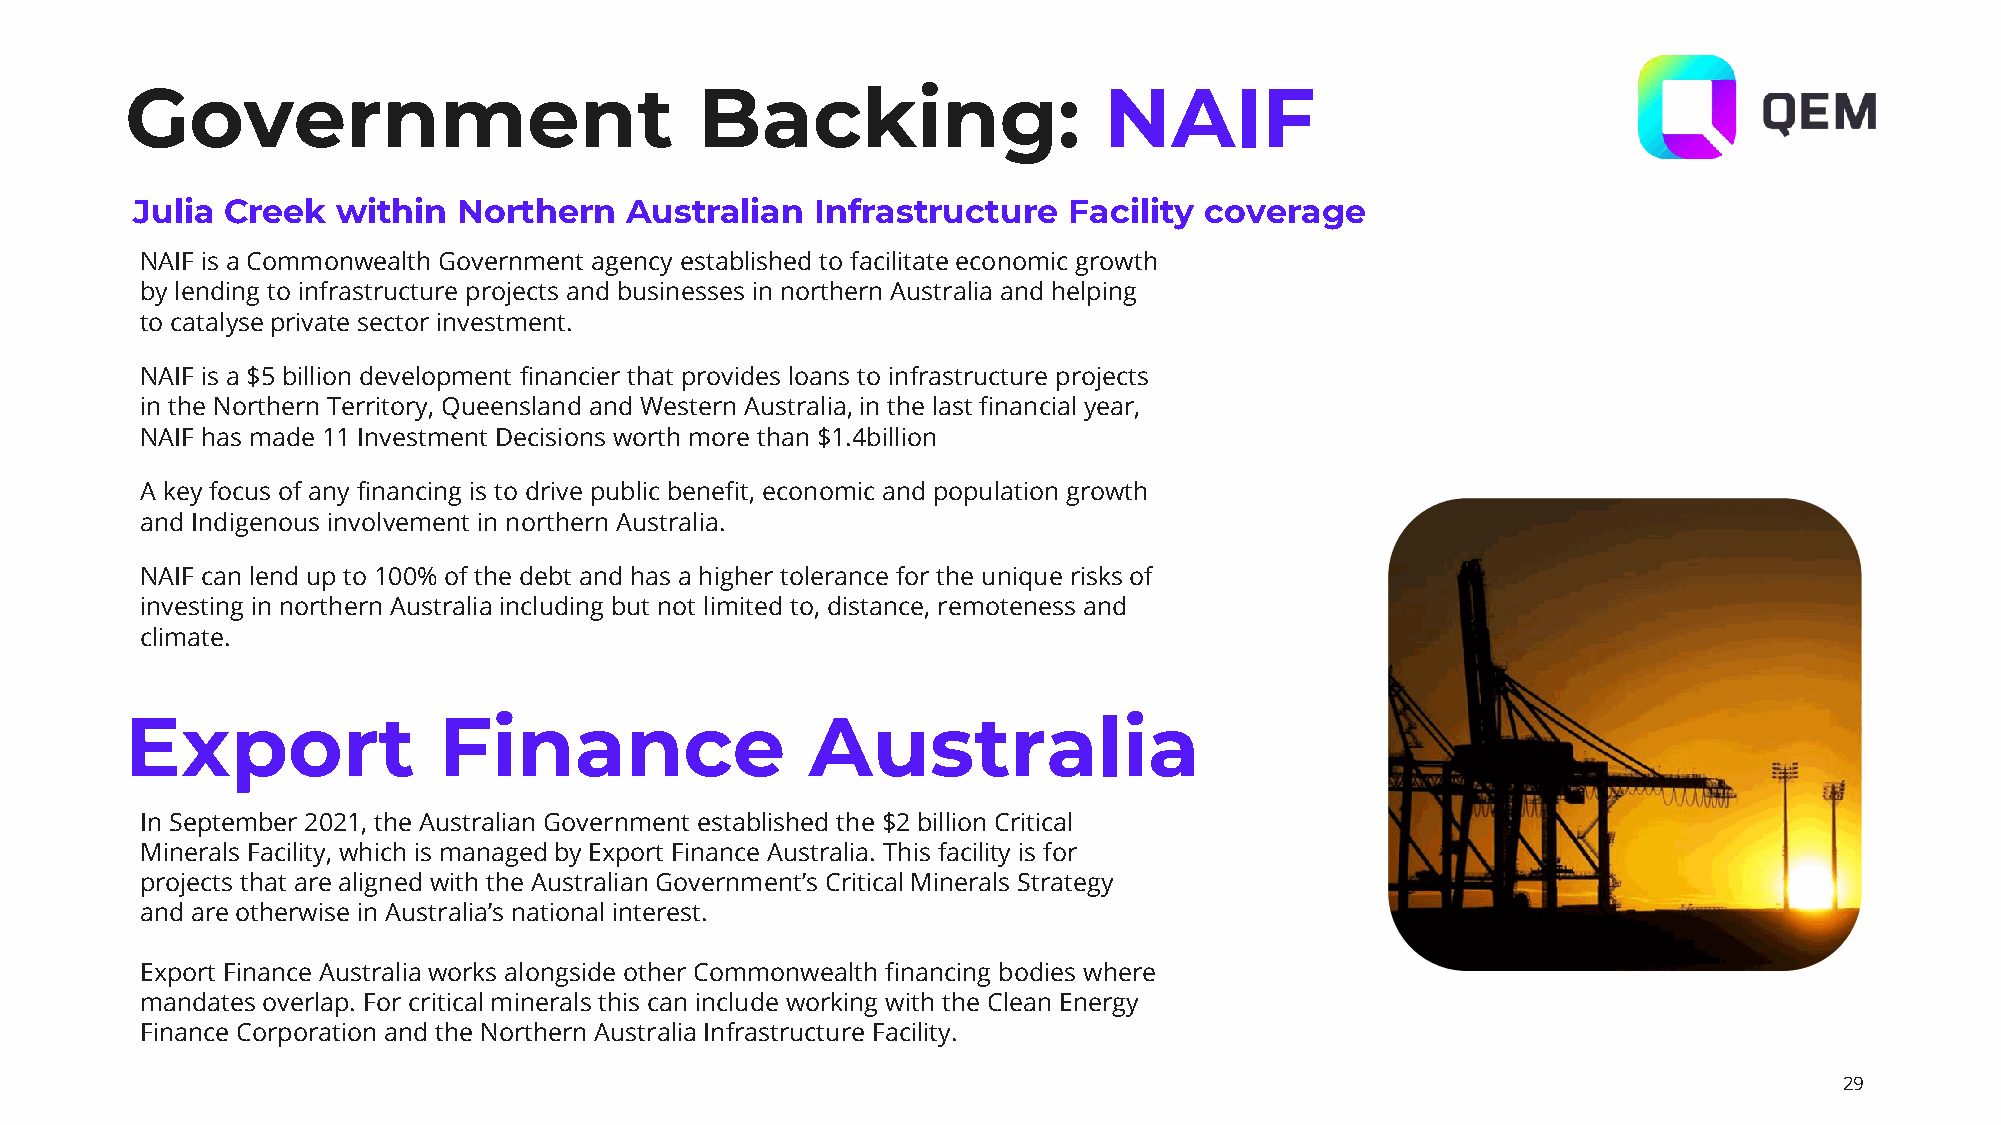
Government                            Backing:                   NAIF
 Julia Creek  within  Northern   Australian   Infrastructure   Facility coverage
 NAIF is a Commonwealth Government agency established to facilitate economic growth
 by lending to infrastructure projects and businesses in northern Australia and helping
 to catalyse private sector investment.
 NAIF is a $5 billion development financier that provides loans to infrastructure projects
 in the Northern Territory, Queensland and Western Australia, in the last financial year,
 NAIF has made 11 Investment Decisions worth more than $1.4billion
 A key focus of any financing is to drive public benefit, economic and population growth
 and Indigenous involvement in northern Australia.
 NAIF can lend up to 100% of the debt and has a higher tolerance for the unique risks of
 investing in northern Australia including but not limited to, distance, remoteness and
 climate.
 Export               Finance                  Australia
 In September 2021, the Australian Government established the $2 billion Critical
 Minerals Facility, which is managed by Export Finance Australia. This facility is for
 projects that are aligned with the Australian Government’s Critical Minerals Strategy
 and are otherwise in Australia’s national interest.
 Export Finance Australia works alongside other Commonwealth financing bodies where
 mandates overlap. For critical minerals this can include working with the Clean Energy
 Finance Corporation and the Northern Australia Infrastructure Facility.
 29